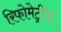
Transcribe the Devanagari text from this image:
रिफोमेट्रीज